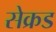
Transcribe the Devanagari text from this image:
सेक्रड